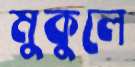
মুকুলে